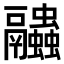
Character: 𧖓